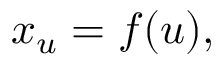
x _ { u } = f ( u ) ,